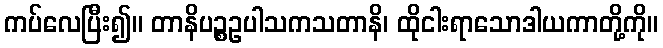
ကပ်လေပြီး၍။ တာနိပဉ္စဥပါသကသတာနိ၊ ထိုငါးရာသောဒါယကာတို့ကို။